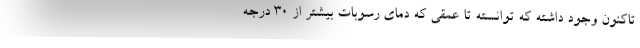
تاکنون وجود داشته که توانسته تا عمقی که دمای رسوبات بیشتر از ۳۰ درجه